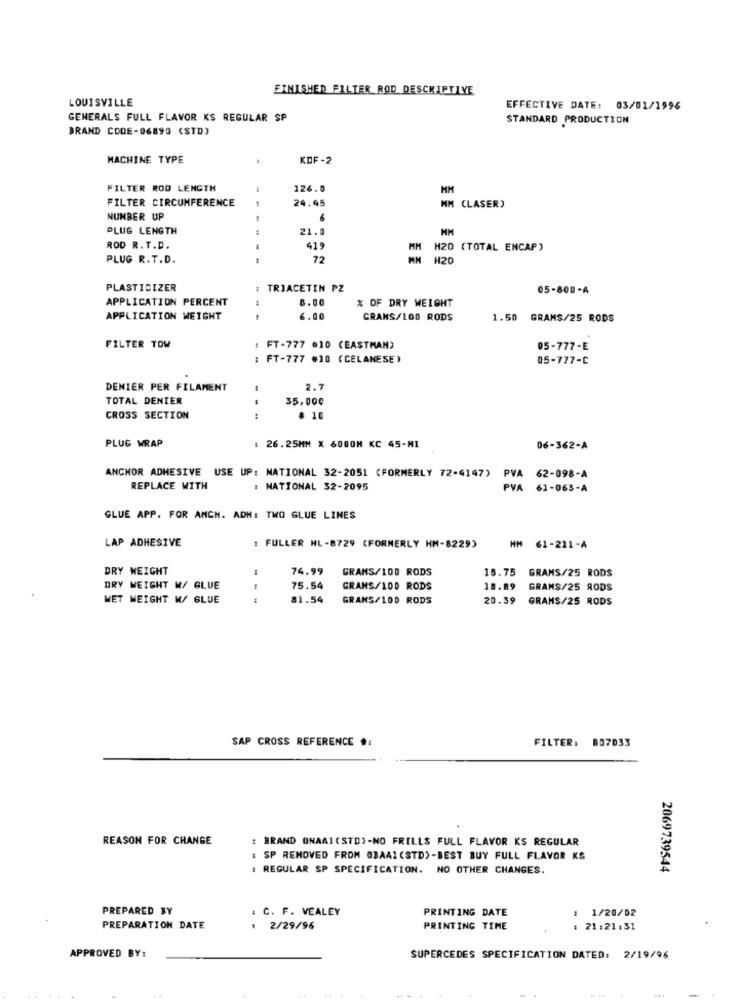
FINISHED FILTER ROD DESCRIPTIVE
LOUISVILLE
EFFECTIVE DATE: 03/01/1996
GENERALS FULL FLAVOR KS REGULAR SP
STANDARD PRODUCTION
BRAND CODE-06890 (STD)
MACHINE TYPE
KDF -2
FILTER ROD LENGTH
126.0
MM
FILTER CIRCUMFERENCE
24.45
MM CLASER)
NUMBER UP
6
PLUG LENGTH
21.0
HM
ROD R.T.D.
419
H20 (TOTAL ENCAP)
PLUG R.T.D.
72
H20
PLASTICIZER
TRIACETIN PZ
05-800-A
APPLICATION PERCENT
8.00
% OF DRY WEIGHT
APPLICATION WEIGHT
6.00
GRANS/100 RODS
1.50 GRAMS/25 RODS
FILTER TOW
1 FT-777 .10 (EASTMAN)
05-777-E
: FT-777 #10 (CELANESE)
05-777-C
DENIER PER FILAMENT
2.7
TOTAL DENIER
35,000
CROSS SECTION
---
# 10
PLUG WRAP
: 26.25MM X 600ON KC 45-MI
06-362-A
ANCHOR ADHESIVE USE UP: NATIONAL 32-2051 (FORMERLY 72-4147)
PVA 62-098-A
REPLACE WITH
: NATIONAL 32-2095
PVA 61-065-A
GLUE APP. FOR AMCH. ADM: TWO GLUE LINES
LAP ADHESIVE
FULLER NL-8729 (FORMERLY HM-8229)
HM 61-221-A
DRY WEIGHT
74.99
GRANS/100 RODS
15.75
GRAMS/25 RODS
DRY WEIGHT W/ GLUE
75.54
GRAMS/100 RODS
18.89
GRAMS/25 RODS
WET WEIGHT W/ GLUE
81.54
GRANS/100 RODS
20.39 GRAMS/25 RODS
SAP CROSS REFERENCE .:
FILTER: 807033
REASON FOR CHANGE
: BRAND ONAAI(STD)-NO FRILLS FULL FLAVOR KS REGULAR
SP REMOVED FROM OBAAI (STD)-BEST BUY FULL FLAVOR KS
REGULAR SP SPECIFICATION. NO OTHER CHANGES.
2069739544
PREPARED BY
C. F. VEALEY
PRINTING DATE
1/20/02
-
PREPARATION DATE
: 2/29/96
PRINTING TIME
: 21:21:31
APPROVED BY:
SUPERCEDES SPECIFICATION DATED: 2/19/96